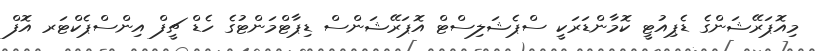
މިއޮޕަރޭޝަންގެ ޑެޕިއުޓީ ކޮމާންޑަރަކީ ސްޕެޝަލިސްޓް އޮޕަރޭޝަންސް ޑިޕާޓްމަންޓުގެ ހެޑް ޗީފް އިންސްޕެކްޓަރ އޮފް